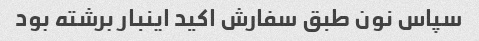
سپاس نون طبق سفارش اکید اینبار برشته بود